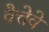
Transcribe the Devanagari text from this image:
वैत्तेवे